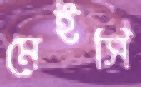
মেইসি